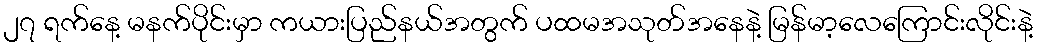
၂၇ ရက်နေ့ မနက်ပိုင်းမှာ ကယားပြည်နယ်အတွက် ပထမအသုတ်အနေနဲ့ မြန်မာ့လေကြောင်းလိုင်းနဲ့